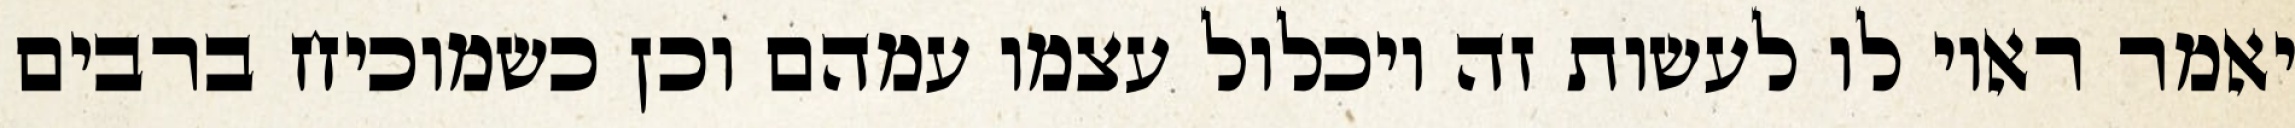
יאמר ראוי לו לעשות זה ויכלול עצמו עמהם וכן כשמוכיח ברבים